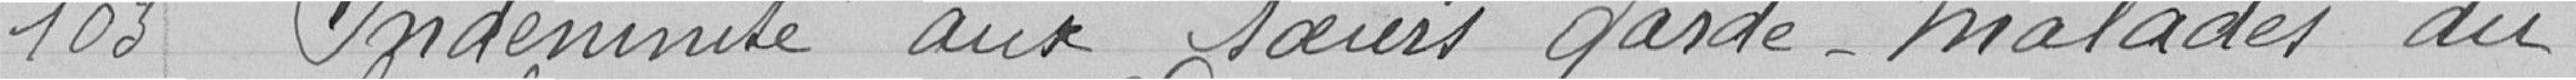
103          Indemnité aux soeurs garde-malades du